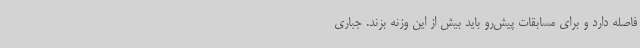
فاصله دارد و برای مسابقات پیش‌رو باید بیش از این وزنه بزند. جباری